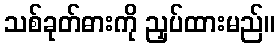
သစ်ခုတ်ဓားကို ညှပ်ထားမည်။